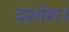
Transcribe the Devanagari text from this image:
दशांश।